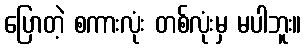
ပြောတဲ့ စကားလုံး တစ်လုံးမှ မပါဘူး။